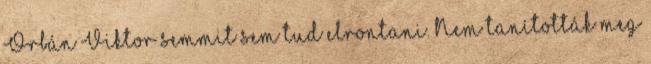
Orbán Viktor semmit sem tud elrontani. Nem tanították meg